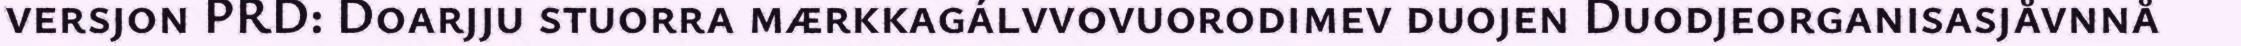
versjon PRD: Doarjju stuorra mærkkagálvvovuorodimev duojen Duodjeorganisasjåvnnå